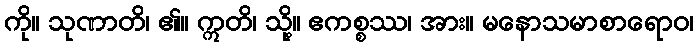
ကို။ သုဏာတိ၊ ၏။ ဣတိ၊ သို့။ ဧကစ္စဿ၊ အား။ မနောသမာစာရောဝ၊